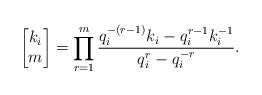
\begin{align*}\begin{bmatrix}k_i\\m\end{bmatrix}=\prod_{r=1}^m\frac{q_i^{-(r-1)}k_i-q_i^{r-1}k_i^{-1}}{q_i^r-q_i^{-r}}.\end{align*}